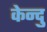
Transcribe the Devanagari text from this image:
केन्दु